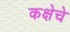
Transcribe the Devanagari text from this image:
कक्षेचे